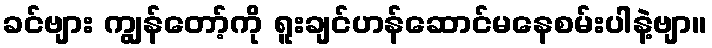
ခင်ဗျား ကျွန်တော့်ကို ရူးချင်ဟန်ဆောင်မနေစမ်းပါနဲ့ဗျာ။